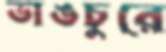
ভাঙচুরে